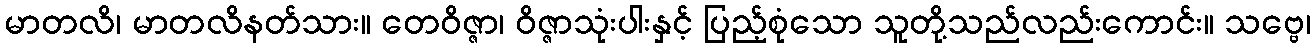
မာတလိ၊ မာတလိနတ်သား။ တေဝိဇ္ဇာ၊ ဝိဇ္ဇာသုံးပါးနှင့် ပြည့်စုံသော သူတို့သည်လည်းကောင်း။ သဗ္ဗေ၊